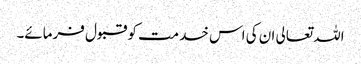
اللہ تعالی ان کی اس خدمت کو قبول فرمائے۔